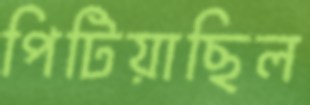
পিটিয়াছিল